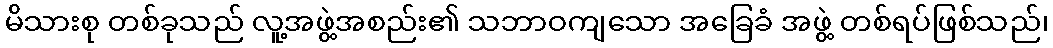
မိသားစု တစ်ခုသည် လူ့အဖွဲ့အစည်း၏ သဘာဝကျသော အခြေခံ အဖွဲ့ တစ်ရပ်ဖြစ်သည်၊